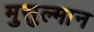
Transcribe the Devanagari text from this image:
मुसुल्मान